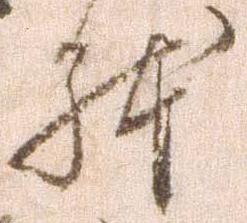
体